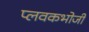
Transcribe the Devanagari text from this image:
प्लवकभोजी